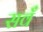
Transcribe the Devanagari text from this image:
सवँ